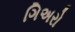
ગિઅરો